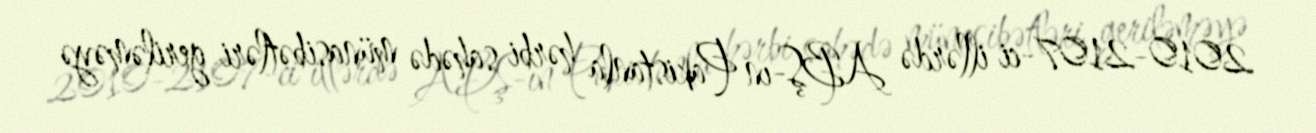
2010-2107-ci illərdə ABŞ-ın Pakistanla hərbi sahədə münasibətləri geriləməyə